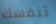
تنفسك